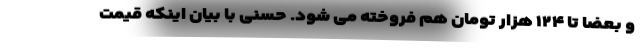
و بعضا تا ۱۲۴ هزار تومان هم فروخته می شود. حسنی با بیان اینکه قیمت